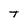
Character: T